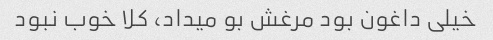
خیلی داغون بود مرغش بو میداد، کلا خوب نبود